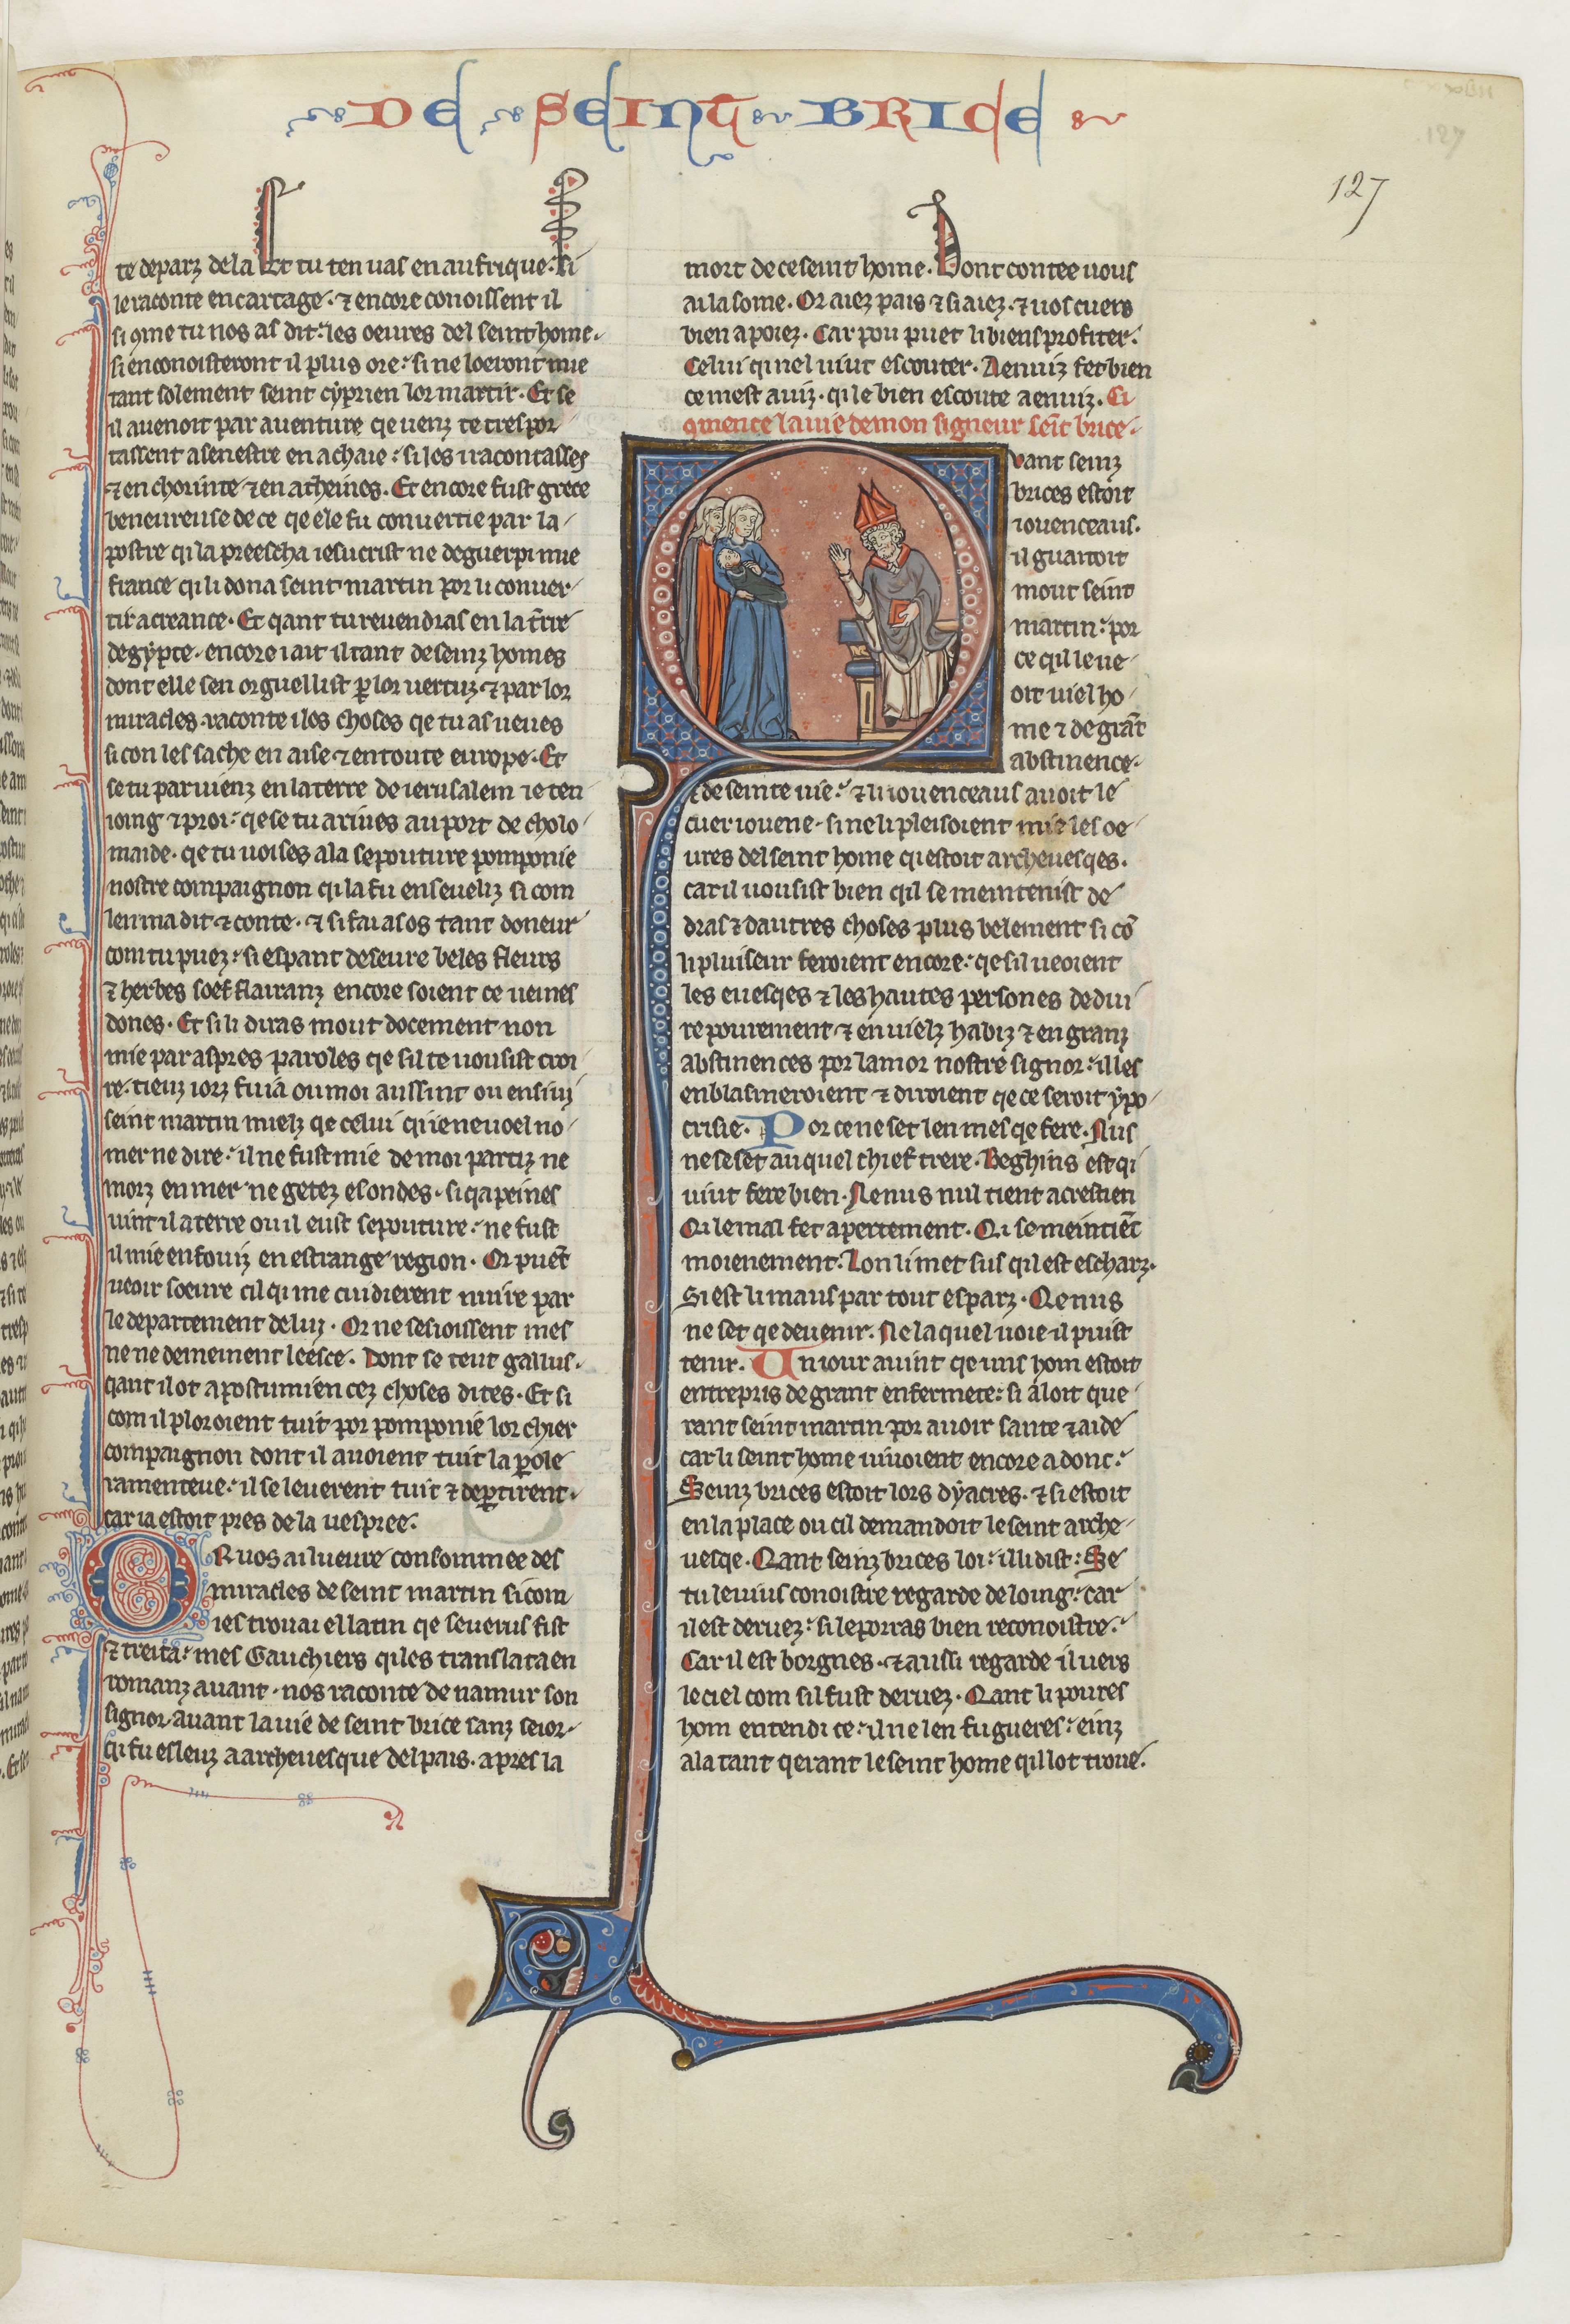
Shelfmark: Paris, BnF, fr. 412
Century: 13